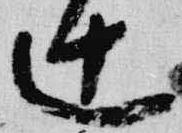
辻